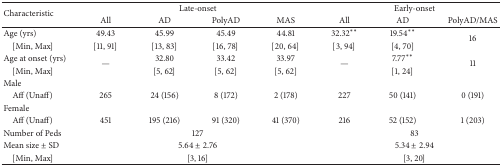
| <ROWSPAN=2> Characteristic | <COLSPAN=4> Late-onset | <COLSPAN=3> Early-onset |
 | All | AD | PolyAD | MAS | All | AD | PolyAD/MAS |
 | --- | --- | --- | --- | --- | --- | --- | --- |
 | Age (yrs) | 49.43 | 45.99 | 45.49 | 44.81 | 32.32∗∗ | 19.54∗∗ | <ROWSPAN=2> 16 |
 | [Min, Max] | [11, 91] | [13, 83] | [16, 78] | [20, 64] | [3, 94] | [4, 70] |
 | Age at onset (yrs) | <ROWSPAN=2> — | 32.80 | 33.42 | 33.97 | <ROWSPAN=2> — | 7.77∗∗ | <ROWSPAN=2> 11 |
 | [Min, Max] | [5, 62] | [5, 62] | [5, 62] | [1, 24] |
 | Male |  |  |  |  |  |  |  |
 | Aff (Unaff) | 265 | 24 (156) | 8 (172) | 2 (178) | 227 | 50 (141) | 0 (191) |
 | Female |  |  |  |  |  |  |  |
 | Aff (Unaff) | 451 | 195 (216) | 91 (320) | 41 (370) | 216 | 52 (152) | 1 (203) |
 | Number of Peds | <COLSPAN=4> 127 | <COLSPAN=3> 83 |
 | Mean size ± SD | <COLSPAN=4> 5.64 ± 2.76 | <COLSPAN=3> 5.34 ± 2.94 |
 | [Min, Max] | <COLSPAN=4> [3, 16] | <COLSPAN=3> [3, 20] |